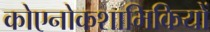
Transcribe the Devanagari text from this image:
कोएनोकशाभिकियों